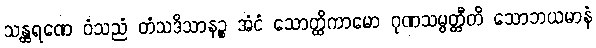
သန္ထရဏေ ဝံသညံ တံသဒိသာနဉ္စ အံငံ သောတ္ထိကာမော ဂုဏသမ္ပတ္တီတိ သောဘယမာနံ